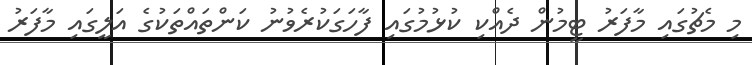
މި މެޗުގައި މާފަރު ޓީމުން ދެއްކި ކުޅުމުގައި ފާހަގަކުރެވުނު ކަންތައްތަކުގެ އަލީގައި މާފަރު